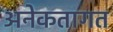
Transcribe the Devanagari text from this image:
अनेकतागत